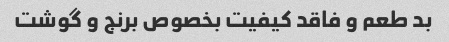
بد طعم و فاقد کیفیت بخصوص برنج و گوشت